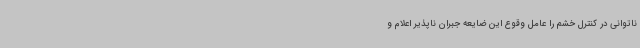
ناتوانی در کنترل خشم را عامل وقوع این ضایعه جبران ناپذیر اعلام و